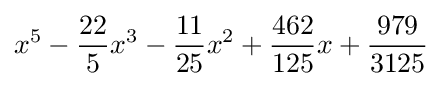
x^{5}-{\frac {22}{5}}x^{3}-{\frac {11}{25}}x^{2}+{\frac {462}{125}}x+{\frac {979}{3125}}